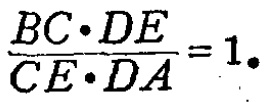
\(\frac{BC\cdot DE}{CE\cdot DA}=1\)